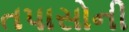
તપાસોની